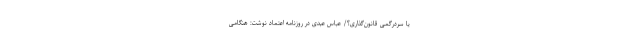
یا سردرگمی قانون‌گذاری؟/ عباس عبدی در روزنامه اعتماد نوشت: هنگامی